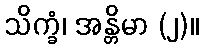
သိက္ခံ၊ အန္တိမာ (၂)။